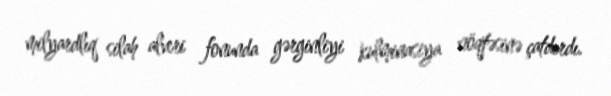
milyardlıq silah alveri fonunda gərginliyi kulminasiya nöqtəsinə çatdırdı.